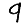
Digit: 9